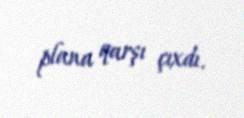
plana qarşı çıxdı.